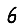
Digit: 6